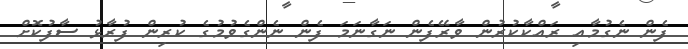
ފެން ނެގުމާއި ރައްކާކުރުން ވާރޭފެން ނަގާނަމަ ފެން ނެންގެވުމުގެ ކުރިން ފުރާޅު ސާފުކޮށް